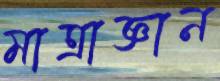
মাত্রাজ্ঞান